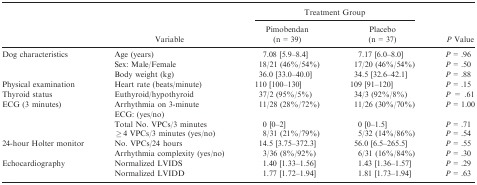
<table><thead><tr><td></td><td></td><td colspan="2"><b>Treatment Group</b></td><td></td></tr><tr><td></td><td><b>Variable</b></td><td><b>Pimobendan (n = 39)</b></td><td><b>Placebo (n = 37)</b></td><td><b><i>P</i> Value</b></td></tr></thead><tbody><tr><td>Dog characteristics</td><td>Age (years)</td><td>7.08 [5.9–8.4]</td><td>7.17 [6.0–8.0]</td><td><i>P</i> = .96</td></tr><tr><td></td><td>Sex: Male/Female</td><td>18/21 (46%/54%)</td><td>17/20 (46%/54%)</td><td><i>P</i> = .50</td></tr><tr><td></td><td>Body weight (kg)</td><td>36.0 [33.0–40.0]</td><td>34.5 [32.6–42.1]</td><td><i>P</i> = .88</td></tr><tr><td>Physical examination</td><td>Heart rate (beats/minute)</td><td>110 [100–130]</td><td>109 [91–120]</td><td><i>P</i> = .15</td></tr><tr><td>Thyroid status</td><td>Euthyroid/hypothyroid</td><td>37/2 (95%/5%)</td><td>34/3 (92%/8%)</td><td><i>P =</i> .61</td></tr><tr><td>ECG (3 minutes)</td><td>Arrhythmia on 3-minute ECG: (yes/no)</td><td>11/28 (28%/72%)</td><td>11/26 (30%/70%)</td><td><i>P</i> = 1.00</td></tr><tr><td></td><td>Total No. VPCs/3 minutes</td><td>0 [0–2]</td><td>0 [0–1.5]</td><td><i>P</i> = .71</td></tr><tr><td></td><td>≥4 VPCs/3 minutes (yes/no)</td><td>8/31 (21%/79%)</td><td>5/32 (14%/86%)</td><td><i>P</i> = .54</td></tr><tr><td>24-hour Holter monitor</td><td>No. VPCs/24 hours</td><td>14.5 [3.75–372.3]</td><td>56.0 [6.5–265.5]</td><td><i>P</i> = .55</td></tr><tr><td></td><td>Arrhythmia complexity (yes/no)</td><td>3/36 (8%/92%)</td><td>6/31 (16%/84%)</td><td><i>P</i> = .30</td></tr><tr><td>Echocardiography</td><td>Normalized LVIDS</td><td>1.40 [1.33–1.56]</td><td>1.43 [1.36–1.57]</td><td><i>P</i> = .29</td></tr><tr><td></td><td>Normalized LVIDD</td><td>1.77 [1.72–1.94]</td><td>1.81 [1.73–1.94]</td><td><i>P</i> = .63</td></tr></tbody></table>